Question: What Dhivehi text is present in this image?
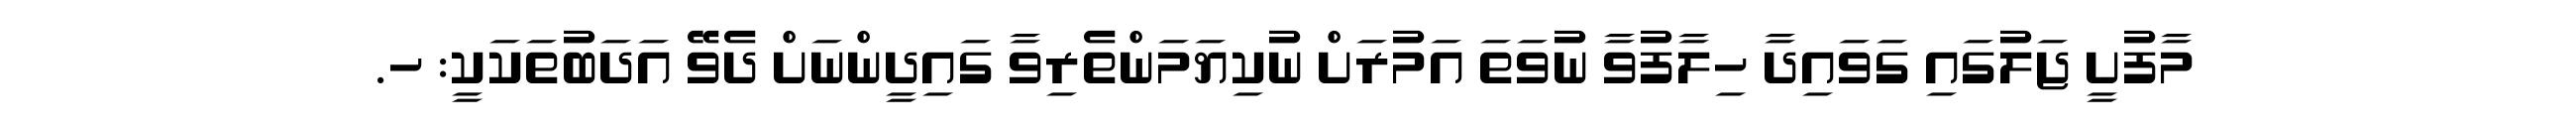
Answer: މާފުށީ ޖަލުގައި ގަވައިދާ ހިލާފުވާ ނުވަތަ އަމުރަށް ނުކިޔަމަންތެރިވާ ގައިދީންނަށް ދެވޭ އަދަބުތަކަކީ: ހ.